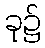
ခု၌